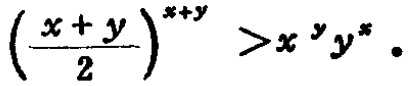
$\left(\frac{x + y}{2}\right)^{x + y}>x^{y}y^{x}$